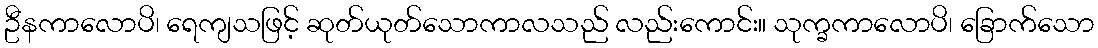
ဦနကာလောပိ၊ ရေကျသဖြင့် ဆုတ်ယုတ်သောကာလသည် လည်းကောင်း။ သုက္ခကာလောပိ၊ ခြောက်သော